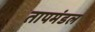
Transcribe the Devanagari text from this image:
तापमंडल